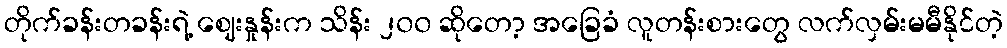
တိုက်ခန်းတခန်းရဲ့ ဈေးနှုန်းက သိန်း ၂၀၀ ဆိုတော့ အခြေခံ လူတန်းစားတွေ လက်လှမ်းမမီနိုင်တဲ့